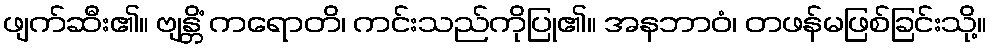
ဖျက်ဆီး၏။ ဗျန္တိံ ကရောတိ၊ ကင်းသည်ကိုပြု၏။ အနဘာဝံ၊ တဖန်မဖြစ်ခြင်းသို့။